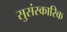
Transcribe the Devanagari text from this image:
सुसंस्कारिक